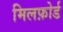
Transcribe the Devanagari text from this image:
मिलफ़ोर्ड